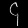
Digit: ၄